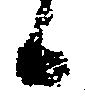
日